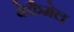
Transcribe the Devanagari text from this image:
बेकैमेल